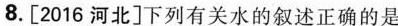
8.[2016河北]下列有关水的叙述正确的是